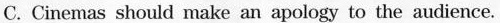
C. Cinemas should make an apology to the audience.